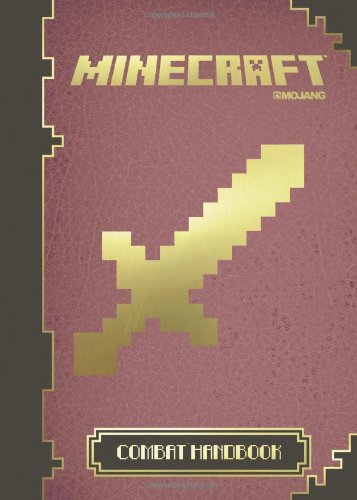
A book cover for Minecraft: The Official Combat Handbook; Children's Books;